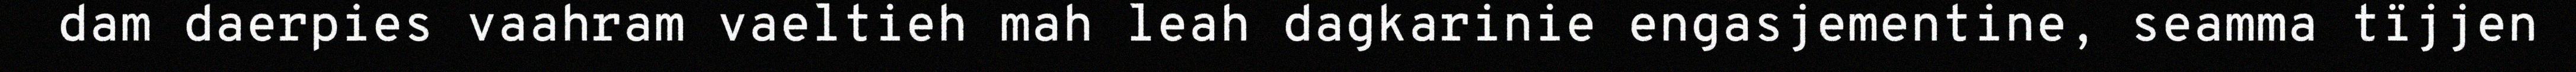
dam daerpies vaahram vaeltieh mah leah dagkarinie engasjementine, seamma tïjjen